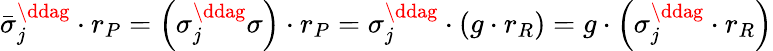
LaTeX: \bar{\sigma}_{j}^{\ddag}\cdot r_{P}=\left(\sigma_{j}^{\ddag}\sigma\right)\cdot r_{P}=\sigma_{j}^{\ddag}\cdot\left(g\cdot r_{R}\right)=g\cdot\left(\sigma_{j}^{\ddag}\cdot r_{R}\right)